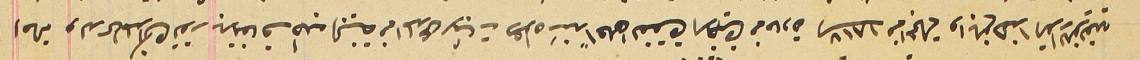
احالة ولدى المذاكره تقرر بالاتفاق طلب البينة من المدعى لاثبات دعواه سَنداً على الفقرة الاخيرة من مادة الـ١٨١٧ من المجلة وابلغ هذا القرار للفريقين